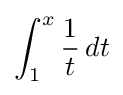
\int _{1}^{x}{\frac {1}{t}}\,dt